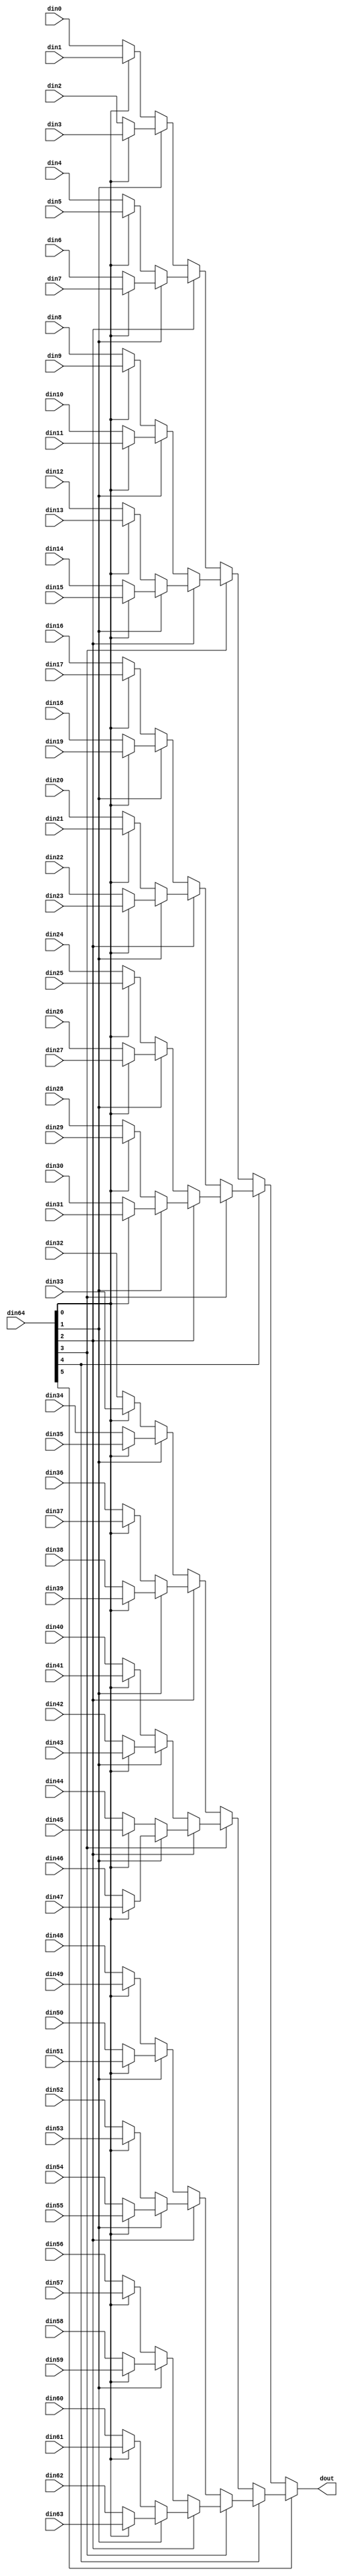
// ==============================================================
// File generated by Vivado(TM) HLS - High-Level Synthesis from C, C++ and SystemC
// Version: 2017.4
// Copyright (C) 1986-2017 Xilinx, Inc. All Rights Reserved.
// 
// ==============================================================


`timescale 1ns/1ps

module mnist_edp_mux_646eOg #(
parameter
    ID                = 0,
    NUM_STAGE         = 1,
    din0_WIDTH       = 32,
    din1_WIDTH       = 32,
    din2_WIDTH       = 32,
    din3_WIDTH       = 32,
    din4_WIDTH       = 32,
    din5_WIDTH       = 32,
    din6_WIDTH       = 32,
    din7_WIDTH       = 32,
    din8_WIDTH       = 32,
    din9_WIDTH       = 32,
    din10_WIDTH       = 32,
    din11_WIDTH       = 32,
    din12_WIDTH       = 32,
    din13_WIDTH       = 32,
    din14_WIDTH       = 32,
    din15_WIDTH       = 32,
    din16_WIDTH       = 32,
    din17_WIDTH       = 32,
    din18_WIDTH       = 32,
    din19_WIDTH       = 32,
    din20_WIDTH       = 32,
    din21_WIDTH       = 32,
    din22_WIDTH       = 32,
    din23_WIDTH       = 32,
    din24_WIDTH       = 32,
    din25_WIDTH       = 32,
    din26_WIDTH       = 32,
    din27_WIDTH       = 32,
    din28_WIDTH       = 32,
    din29_WIDTH       = 32,
    din30_WIDTH       = 32,
    din31_WIDTH       = 32,
    din32_WIDTH       = 32,
    din33_WIDTH       = 32,
    din34_WIDTH       = 32,
    din35_WIDTH       = 32,
    din36_WIDTH       = 32,
    din37_WIDTH       = 32,
    din38_WIDTH       = 32,
    din39_WIDTH       = 32,
    din40_WIDTH       = 32,
    din41_WIDTH       = 32,
    din42_WIDTH       = 32,
    din43_WIDTH       = 32,
    din44_WIDTH       = 32,
    din45_WIDTH       = 32,
    din46_WIDTH       = 32,
    din47_WIDTH       = 32,
    din48_WIDTH       = 32,
    din49_WIDTH       = 32,
    din50_WIDTH       = 32,
    din51_WIDTH       = 32,
    din52_WIDTH       = 32,
    din53_WIDTH       = 32,
    din54_WIDTH       = 32,
    din55_WIDTH       = 32,
    din56_WIDTH       = 32,
    din57_WIDTH       = 32,
    din58_WIDTH       = 32,
    din59_WIDTH       = 32,
    din60_WIDTH       = 32,
    din61_WIDTH       = 32,
    din62_WIDTH       = 32,
    din63_WIDTH       = 32,
    din64_WIDTH         = 32,
    dout_WIDTH            = 32
)(
    input  [79 : 0]     din0,
    input  [79 : 0]     din1,
    input  [79 : 0]     din2,
    input  [79 : 0]     din3,
    input  [79 : 0]     din4,
    input  [79 : 0]     din5,
    input  [79 : 0]     din6,
    input  [79 : 0]     din7,
    input  [79 : 0]     din8,
    input  [79 : 0]     din9,
    input  [79 : 0]     din10,
    input  [79 : 0]     din11,
    input  [79 : 0]     din12,
    input  [79 : 0]     din13,
    input  [79 : 0]     din14,
    input  [79 : 0]     din15,
    input  [79 : 0]     din16,
    input  [79 : 0]     din17,
    input  [79 : 0]     din18,
    input  [79 : 0]     din19,
    input  [79 : 0]     din20,
    input  [79 : 0]     din21,
    input  [79 : 0]     din22,
    input  [79 : 0]     din23,
    input  [79 : 0]     din24,
    input  [79 : 0]     din25,
    input  [79 : 0]     din26,
    input  [79 : 0]     din27,
    input  [79 : 0]     din28,
    input  [79 : 0]     din29,
    input  [79 : 0]     din30,
    input  [79 : 0]     din31,
    input  [79 : 0]     din32,
    input  [79 : 0]     din33,
    input  [79 : 0]     din34,
    input  [79 : 0]     din35,
    input  [79 : 0]     din36,
    input  [79 : 0]     din37,
    input  [79 : 0]     din38,
    input  [79 : 0]     din39,
    input  [79 : 0]     din40,
    input  [79 : 0]     din41,
    input  [79 : 0]     din42,
    input  [79 : 0]     din43,
    input  [79 : 0]     din44,
    input  [79 : 0]     din45,
    input  [79 : 0]     din46,
    input  [79 : 0]     din47,
    input  [79 : 0]     din48,
    input  [79 : 0]     din49,
    input  [79 : 0]     din50,
    input  [79 : 0]     din51,
    input  [79 : 0]     din52,
    input  [79 : 0]     din53,
    input  [79 : 0]     din54,
    input  [79 : 0]     din55,
    input  [79 : 0]     din56,
    input  [79 : 0]     din57,
    input  [79 : 0]     din58,
    input  [79 : 0]     din59,
    input  [79 : 0]     din60,
    input  [79 : 0]     din61,
    input  [79 : 0]     din62,
    input  [79 : 0]     din63,
    input  [5 : 0]    din64,
    output [79 : 0]   dout);

// puts internal signals
wire [5 : 0]     sel;
// level 1 signals
wire [79 : 0]         mux_1_0;
wire [79 : 0]         mux_1_1;
wire [79 : 0]         mux_1_2;
wire [79 : 0]         mux_1_3;
wire [79 : 0]         mux_1_4;
wire [79 : 0]         mux_1_5;
wire [79 : 0]         mux_1_6;
wire [79 : 0]         mux_1_7;
wire [79 : 0]         mux_1_8;
wire [79 : 0]         mux_1_9;
wire [79 : 0]         mux_1_10;
wire [79 : 0]         mux_1_11;
wire [79 : 0]         mux_1_12;
wire [79 : 0]         mux_1_13;
wire [79 : 0]         mux_1_14;
wire [79 : 0]         mux_1_15;
wire [79 : 0]         mux_1_16;
wire [79 : 0]         mux_1_17;
wire [79 : 0]         mux_1_18;
wire [79 : 0]         mux_1_19;
wire [79 : 0]         mux_1_20;
wire [79 : 0]         mux_1_21;
wire [79 : 0]         mux_1_22;
wire [79 : 0]         mux_1_23;
wire [79 : 0]         mux_1_24;
wire [79 : 0]         mux_1_25;
wire [79 : 0]         mux_1_26;
wire [79 : 0]         mux_1_27;
wire [79 : 0]         mux_1_28;
wire [79 : 0]         mux_1_29;
wire [79 : 0]         mux_1_30;
wire [79 : 0]         mux_1_31;
// level 2 signals
wire [79 : 0]         mux_2_0;
wire [79 : 0]         mux_2_1;
wire [79 : 0]         mux_2_2;
wire [79 : 0]         mux_2_3;
wire [79 : 0]         mux_2_4;
wire [79 : 0]         mux_2_5;
wire [79 : 0]         mux_2_6;
wire [79 : 0]         mux_2_7;
wire [79 : 0]         mux_2_8;
wire [79 : 0]         mux_2_9;
wire [79 : 0]         mux_2_10;
wire [79 : 0]         mux_2_11;
wire [79 : 0]         mux_2_12;
wire [79 : 0]         mux_2_13;
wire [79 : 0]         mux_2_14;
wire [79 : 0]         mux_2_15;
// level 3 signals
wire [79 : 0]         mux_3_0;
wire [79 : 0]         mux_3_1;
wire [79 : 0]         mux_3_2;
wire [79 : 0]         mux_3_3;
wire [79 : 0]         mux_3_4;
wire [79 : 0]         mux_3_5;
wire [79 : 0]         mux_3_6;
wire [79 : 0]         mux_3_7;
// level 4 signals
wire [79 : 0]         mux_4_0;
wire [79 : 0]         mux_4_1;
wire [79 : 0]         mux_4_2;
wire [79 : 0]         mux_4_3;
// level 5 signals
wire [79 : 0]         mux_5_0;
wire [79 : 0]         mux_5_1;
// level 6 signals
wire [79 : 0]         mux_6_0;

assign sel = din64;

// Generate level 1 logic
assign mux_1_0 = (sel[0] == 0)? din0 : din1;
assign mux_1_1 = (sel[0] == 0)? din2 : din3;
assign mux_1_2 = (sel[0] == 0)? din4 : din5;
assign mux_1_3 = (sel[0] == 0)? din6 : din7;
assign mux_1_4 = (sel[0] == 0)? din8 : din9;
assign mux_1_5 = (sel[0] == 0)? din10 : din11;
assign mux_1_6 = (sel[0] == 0)? din12 : din13;
assign mux_1_7 = (sel[0] == 0)? din14 : din15;
assign mux_1_8 = (sel[0] == 0)? din16 : din17;
assign mux_1_9 = (sel[0] == 0)? din18 : din19;
assign mux_1_10 = (sel[0] == 0)? din20 : din21;
assign mux_1_11 = (sel[0] == 0)? din22 : din23;
assign mux_1_12 = (sel[0] == 0)? din24 : din25;
assign mux_1_13 = (sel[0] == 0)? din26 : din27;
assign mux_1_14 = (sel[0] == 0)? din28 : din29;
assign mux_1_15 = (sel[0] == 0)? din30 : din31;
assign mux_1_16 = (sel[0] == 0)? din32 : din33;
assign mux_1_17 = (sel[0] == 0)? din34 : din35;
assign mux_1_18 = (sel[0] == 0)? din36 : din37;
assign mux_1_19 = (sel[0] == 0)? din38 : din39;
assign mux_1_20 = (sel[0] == 0)? din40 : din41;
assign mux_1_21 = (sel[0] == 0)? din42 : din43;
assign mux_1_22 = (sel[0] == 0)? din44 : din45;
assign mux_1_23 = (sel[0] == 0)? din46 : din47;
assign mux_1_24 = (sel[0] == 0)? din48 : din49;
assign mux_1_25 = (sel[0] == 0)? din50 : din51;
assign mux_1_26 = (sel[0] == 0)? din52 : din53;
assign mux_1_27 = (sel[0] == 0)? din54 : din55;
assign mux_1_28 = (sel[0] == 0)? din56 : din57;
assign mux_1_29 = (sel[0] == 0)? din58 : din59;
assign mux_1_30 = (sel[0] == 0)? din60 : din61;
assign mux_1_31 = (sel[0] == 0)? din62 : din63;

// Generate level 2 logic
assign mux_2_0 = (sel[1] == 0)? mux_1_0 : mux_1_1;
assign mux_2_1 = (sel[1] == 0)? mux_1_2 : mux_1_3;
assign mux_2_2 = (sel[1] == 0)? mux_1_4 : mux_1_5;
assign mux_2_3 = (sel[1] == 0)? mux_1_6 : mux_1_7;
assign mux_2_4 = (sel[1] == 0)? mux_1_8 : mux_1_9;
assign mux_2_5 = (sel[1] == 0)? mux_1_10 : mux_1_11;
assign mux_2_6 = (sel[1] == 0)? mux_1_12 : mux_1_13;
assign mux_2_7 = (sel[1] == 0)? mux_1_14 : mux_1_15;
assign mux_2_8 = (sel[1] == 0)? mux_1_16 : mux_1_17;
assign mux_2_9 = (sel[1] == 0)? mux_1_18 : mux_1_19;
assign mux_2_10 = (sel[1] == 0)? mux_1_20 : mux_1_21;
assign mux_2_11 = (sel[1] == 0)? mux_1_22 : mux_1_23;
assign mux_2_12 = (sel[1] == 0)? mux_1_24 : mux_1_25;
assign mux_2_13 = (sel[1] == 0)? mux_1_26 : mux_1_27;
assign mux_2_14 = (sel[1] == 0)? mux_1_28 : mux_1_29;
assign mux_2_15 = (sel[1] == 0)? mux_1_30 : mux_1_31;

// Generate level 3 logic
assign mux_3_0 = (sel[2] == 0)? mux_2_0 : mux_2_1;
assign mux_3_1 = (sel[2] == 0)? mux_2_2 : mux_2_3;
assign mux_3_2 = (sel[2] == 0)? mux_2_4 : mux_2_5;
assign mux_3_3 = (sel[2] == 0)? mux_2_6 : mux_2_7;
assign mux_3_4 = (sel[2] == 0)? mux_2_8 : mux_2_9;
assign mux_3_5 = (sel[2] == 0)? mux_2_10 : mux_2_11;
assign mux_3_6 = (sel[2] == 0)? mux_2_12 : mux_2_13;
assign mux_3_7 = (sel[2] == 0)? mux_2_14 : mux_2_15;

// Generate level 4 logic
assign mux_4_0 = (sel[3] == 0)? mux_3_0 : mux_3_1;
assign mux_4_1 = (sel[3] == 0)? mux_3_2 : mux_3_3;
assign mux_4_2 = (sel[3] == 0)? mux_3_4 : mux_3_5;
assign mux_4_3 = (sel[3] == 0)? mux_3_6 : mux_3_7;

// Generate level 5 logic
assign mux_5_0 = (sel[4] == 0)? mux_4_0 : mux_4_1;
assign mux_5_1 = (sel[4] == 0)? mux_4_2 : mux_4_3;

// Generate level 6 logic
assign mux_6_0 = (sel[5] == 0)? mux_5_0 : mux_5_1;

// output logic
assign dout = mux_6_0;

endmodule